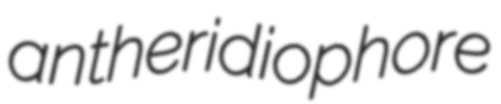
antheridiophore